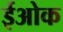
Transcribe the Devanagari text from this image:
ईओक